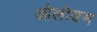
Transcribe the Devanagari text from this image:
ओलोडम